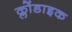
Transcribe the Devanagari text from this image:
क्लोंडाइक